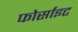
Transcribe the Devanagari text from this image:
फोर्साइट